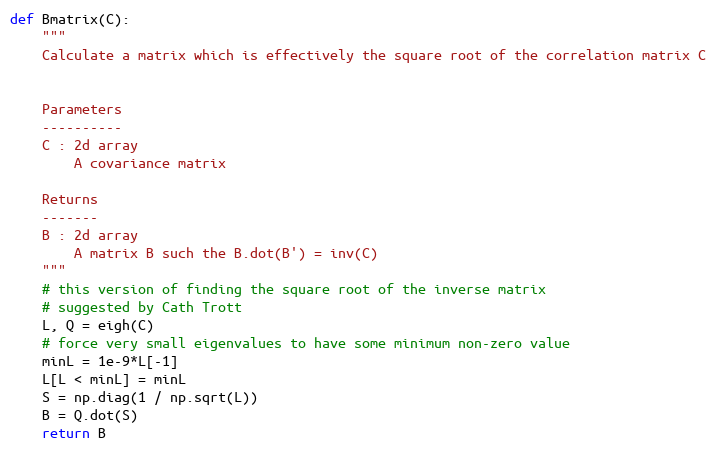
Language: Python
def Bmatrix(C):
    """
    Calculate a matrix which is effectively the square root of the correlation matrix C

    Parameters
    ----------
    C : 2d array
        A covariance matrix

    Returns
    -------
    B : 2d array
        A matrix B such the B.dot(B') = inv(C)
    """
    # this version of finding the square root of the inverse matrix
    # suggested by Cath Trott
    L, Q = eigh(C)
    # force very small eigenvalues to have some minimum non-zero value
    minL = 1e-9*L[-1]
    L[L < minL] = minL
    S = np.diag(1 / np.sqrt(L))
    B = Q.dot(S)
    return B